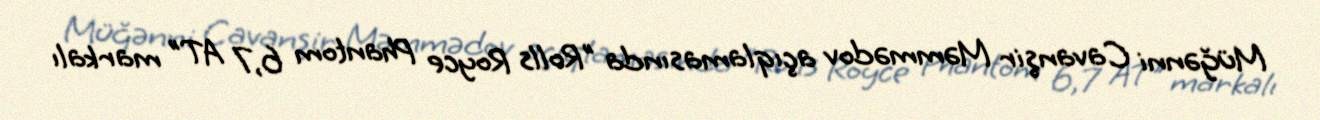
Müğənni Cavanşir Məmmədov açıqlamasında "Rolls Royce Phantom 6,7 AT" markalı